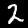
Digit: 2